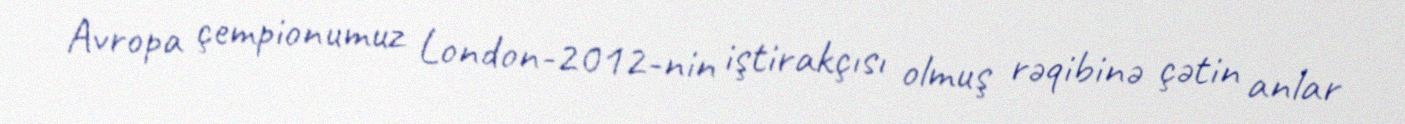
Avropa çempionumuz London-2012-nin iştirakçısı olmuş rəqibinə çətin anlar